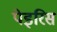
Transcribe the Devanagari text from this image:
पेइरिस